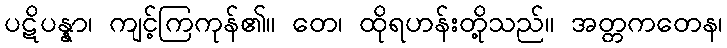
ပဋိပန္နာ၊ ကျင့်ကြကုန်၏။ တေ၊ ထိုရဟန်းတို့သည်။ အတ္တကတေန၊